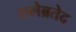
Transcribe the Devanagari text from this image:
सलेब्रतेद